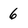
Character: 6